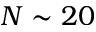
N \sim 2 0